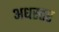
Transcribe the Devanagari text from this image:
अधस्तर